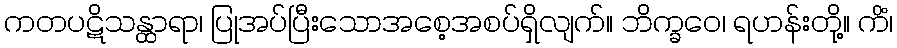
ကတပဋိသန္ထာရာ၊ ပြုအပ်ပြီးသောအစေ့အစပ်ရှိလျက်။ ဘိက္ခဝေ၊ ရဟန်းတို့။ ကိံ၊